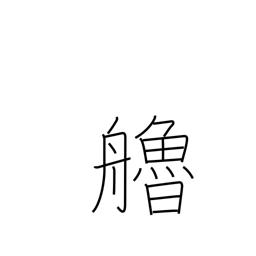
Meaning: oar